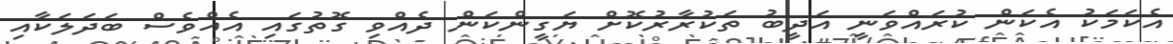
އެކަމަކު އެކަން ކުރައްވަނީ އަދީބު ތަކުރާރުކޮށް ޔަގީންކަން ދެއްވި ގޮތުގައި އެއްވެސް ބަދަލަކާއި